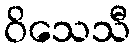
ဝိသေသီ